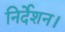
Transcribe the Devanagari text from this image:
निर्देशन।